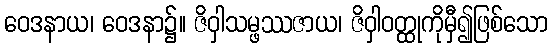
ဝေဒနာယ၊ ဝေဒနာ၌။ ဇိဝှါသမ္ဖဿဇာယ၊ ဇိဝှါဝတ္ထုကိုမှီ၍ဖြစ်သော